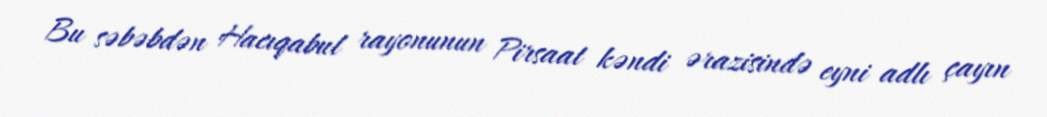
Bu səbəbdən Hacıqabul rayonunun Pirsaat kəndi ərazisində eyni adlı çayın